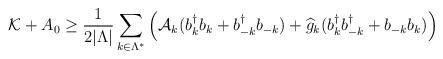
LaTeX: \begin{align*}\mathcal{K}_{} + A_0 &\geq \frac{1}{2\lvert \Lambda \rvert} \sum_{k \in \Lambda^*}\Big( \mathcal{A}_k (b_k^{\dagger} b_k + b_{-k}^{\dagger} b_{-k})+ \widehat{g}_k (b_k^{\dagger} b_{-k}^{\dagger} + b_{-k}b_k) \Big) \end{align*}